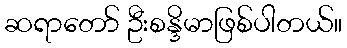
ဆရာတော် ဦးစန္ဒိမာဖြစ်ပါတယ်။